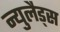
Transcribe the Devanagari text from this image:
न्युलैड्स